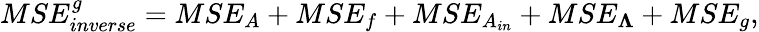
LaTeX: MSE_{inverse}^{g}=MSE_{A}+MSE_{f}+MSE_{A_{in}}+MSE_{\boldsymbol{\Lambda}}+MSE_{g},